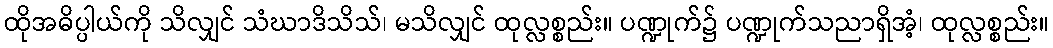
ထိုအဓိပ္ပါယ်ကို သိလျှင် သံဃာဒိသိသ်၊ မသိလျှင် ထုလ္လစ္စည်း။ ပဏ္ဍုက်၌ ပဏ္ဍုက်သညာရှိအံ့၊ ထုလ္လစ္စည်း။